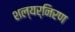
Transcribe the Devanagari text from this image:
शल्यर्निरण